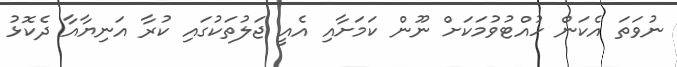
ނުވަތަ އެކަން ހުއްޓުވުމަކަށް ނޫން ކަމަށާއި އެއީ ޖަލުތަކުގައި ކުރާ އަނިޔާއާ ދެކޮޅު